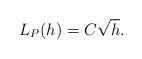
\begin{align*}L_P(h)=C\sqrt{h}. \end{align*}